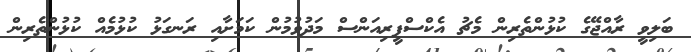
ބަލިވީ ރާއްޖޭގެ ކުޅުންތެރިން މެޗު އެކްސްޕީރިއަންސް މަދުވުމުން ކަމަށާއި ރަނގަޅު ކުޅުމެއް ކުޅުންތެރިން